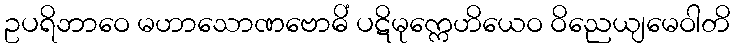
ဥပရိဘာဝေ မဟာသောဏဗောဓိံ ပဋိမုက္ကေဟိယေဝ ဝိညေယျမေဝါတိ